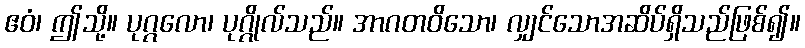
ဧဝံ၊ ဤသို့။ ပုဂ္ဂလော၊ ပုဂ္ဂိုလ်သည်။ အာဂတဝိသော၊ လျှင်သောအဆိပ်ရှိသည်ဖြစ်၍။